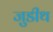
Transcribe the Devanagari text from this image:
जुडीथ